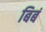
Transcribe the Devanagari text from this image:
बिबं